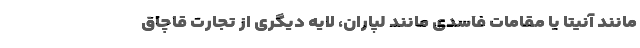
مانند آنیتا یا مقامات فاسدی مانند لپاران، لایه دیگری از تجارت قاچاق